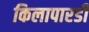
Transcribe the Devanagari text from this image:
किलापारडी